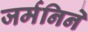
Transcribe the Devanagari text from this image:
जर्मनिने